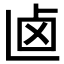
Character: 𠧟